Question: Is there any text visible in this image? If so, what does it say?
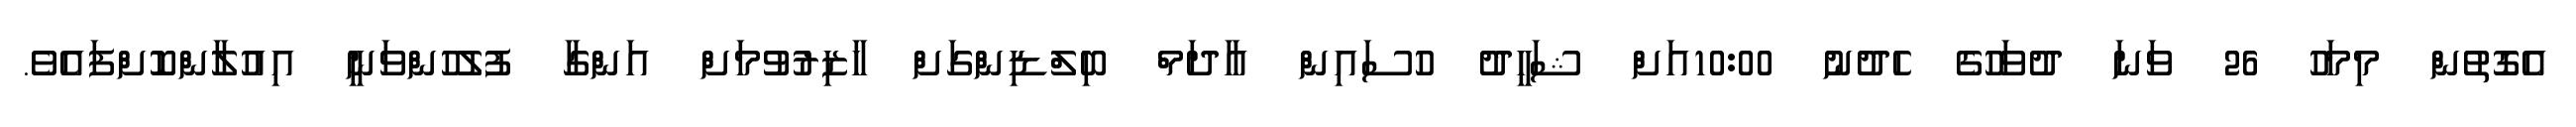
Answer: އެގޮތުން މިމަހު 26 ވަނަ ދުވަހުގެ ހެދުނު 10:00އަށް ޝަހީދު ހުސައިން އާދަމް ބިލްޑިންގަށް ހާޒިރުވުމަށް އަންގާ ފުލުހުންވަނީ އިއުލާންކޮށްފައެވެ.